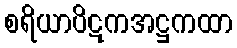
စရိယာပိဋကအဋ္ဌကထာ